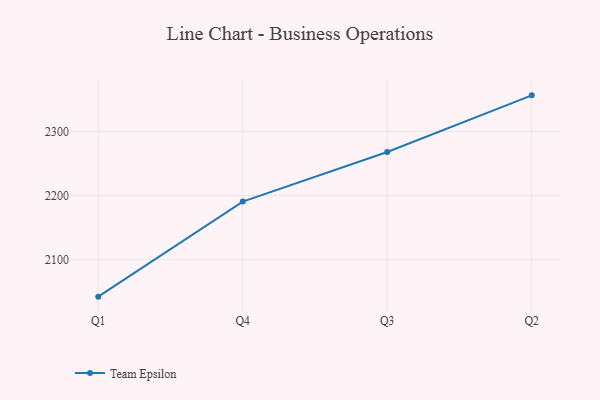
{"axis": {"x": "Quarter", "y": "Operating Costs (USD K)"}, "legend": ["Team Epsilon"], "data": [{"x": "Q1", "y": 2042.3, "type": "Team Epsilon"}, {"x": "Q4", "y": 2190.8, "type": "Team Epsilon"}, {"x": "Q3", "y": 2268.1, "type": "Team Epsilon"}, {"x": "Q2", "y": 2356.6, "type": "Team Epsilon"}]}